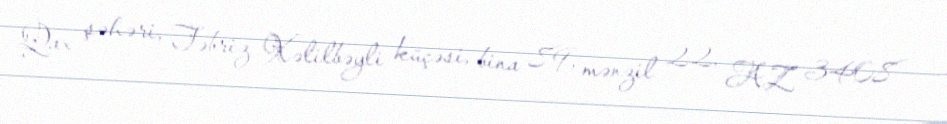
Qax şəhəri, Təbriz Xəlilbəyli küçəsi, bina 89, mənzil 22, AZ 3408